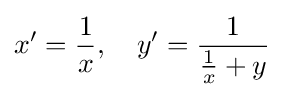
x^{\prime }={\frac {1}{x}},\quad y^{\prime }={\frac {1}{{\frac {1}{x}}+y}}